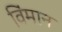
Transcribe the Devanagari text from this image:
विंमान